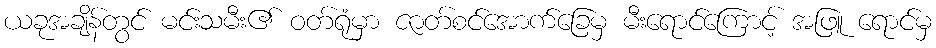
ယခုအချိန်တွင် မင်းသမီး၏ ဝတ်ရုံမှာ ဇာတ်စင်အောက်ခြေမှ မီးရောင်ကြောင့် အဖြူ ရောင်မှ